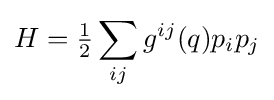
H={\tfrac {1}{2}}\sum _{ij}g^{ij}(q)p_{i}p_{j}